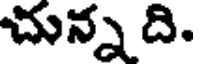
చున్న ది.